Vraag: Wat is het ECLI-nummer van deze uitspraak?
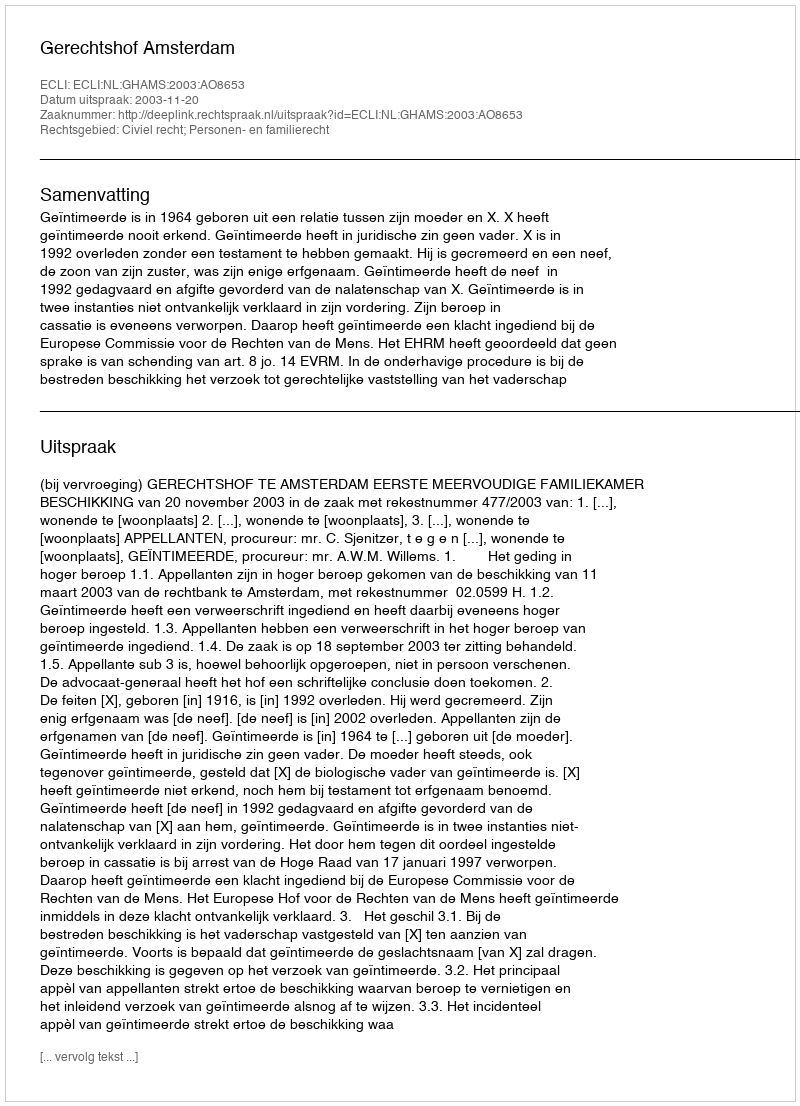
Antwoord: ECLI:NL:GHAMS:2003:AO8653